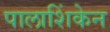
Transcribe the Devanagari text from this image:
पालाशिंकेन